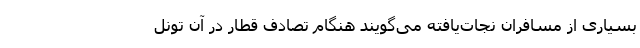
بسیاری از مسافران نجات‌یافته می‌گویند هنگام تصادف قطار در آن تونل